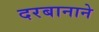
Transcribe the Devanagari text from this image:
दरबानाने